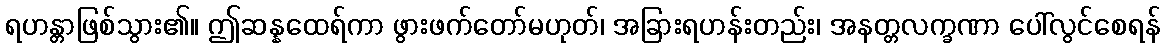
ရဟန္တာဖြစ်သွား၏။ ဤဆန္နထေရ်ကာ ဖွားဖက်တော်မဟုတ်၊ အခြားရဟန်းတည်း၊ အနတ္တလက္ခဏာ ပေါ်လွင်စေရန်